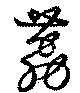
荔